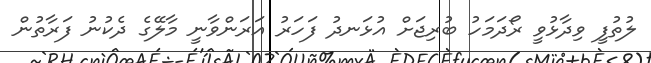
ލުތުފީ ވިދާޅުވީ ރޯދަމަހު ބުރިޖަށް އުޅަނދު ފަހަރު އަރަންވާނީ މާލޭގެ ދެކުނު ފަރާތުން